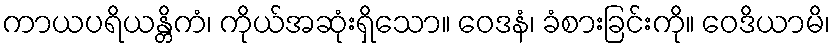
ကာယပရိယန္တိကံ၊ ကိုယ်အဆုံးရှိသော။ ဝေဒနံ၊ ခံစားခြင်းကို။ ဝေဒိယာမိ၊